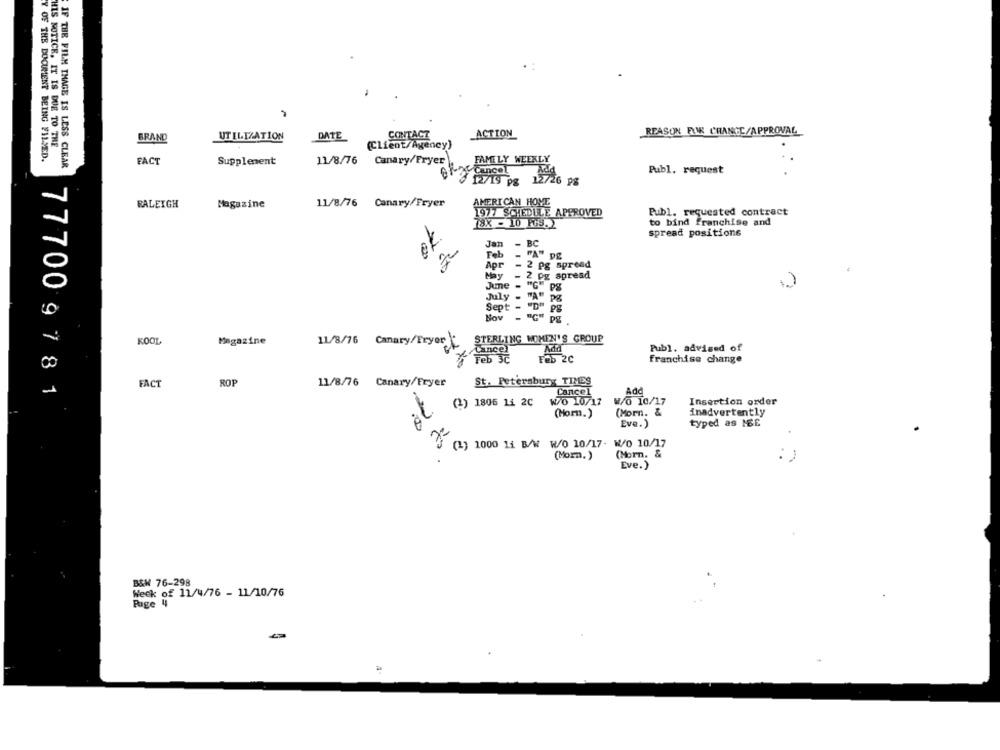
UTILIZATION
DATE
CONTACT
ACTION
REASON FAR CHANGE/APPROVAL
BRAND
HIS NOTICE. IT IS DUE TO THE
(Client/Agency)
Y OF THE DOCUMENT BEING FILMED.
FAMILY WEEKLY
IF THE FILM IMAGE IS LESS CLEAR
FACT
Supplement
11/8/76 Canary/Fryer
Cancel
Publ. request
12/19 pg 12/26 98
11/8/76 Canary/Fryer
AMERICAN HOVE
RALEIGH
Magazine
Publ. requested contract
1977 SCHEDULE APPROVED
78X - 10 165. 2
to bind franchise and
spread positions
70
Jan
- BC
Feb
- "A" pg
Apr
2 Pg spread
May
_ 2 pg spread
Jume - "G" PS
July - "A"
Sept - "D"
Hov
STERLING WOMEN'S GROUP
KOOL
Magazine
11/8/76 Canary/Fryor
Lince
Add
Publ. advised of
Feb 3C
Feb 2C
franchise change
ROP
11/8/76 Canary/Fryer
St. Petersburg TIMES
77700 9 7 81
FACT
Cancel
(3) 1806 14 2C
WO 10/17 W/o 10/17
Insertion order
(Morn. &
inadvertently
(Horn.)
-
Eve.)
typed as MBE
(2) 1000 11 B/W W/O 10/17. W/0 10/17
(Morn.)
(Morn. &
Eve.)
B&W 76-298
Week of 11/4/76 - 11/10/76
Page 4